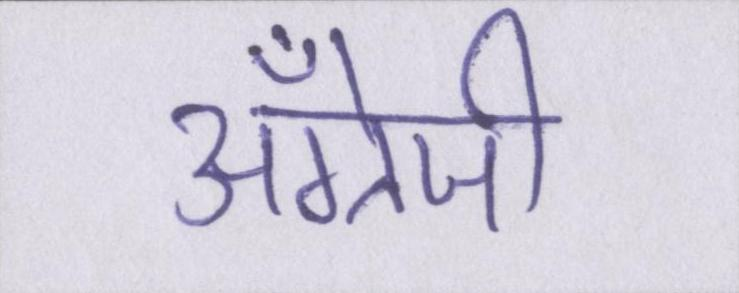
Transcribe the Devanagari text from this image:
अँग्रेजी